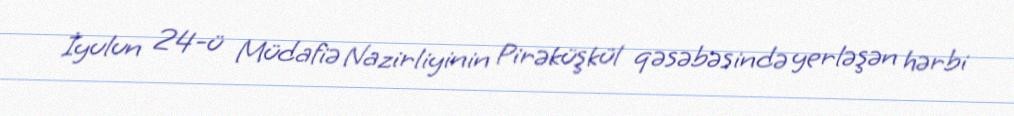
İyulun 24-ü Müdafiə Nazirliyinin Pirəküşkül qəsəbəsində yerləşən hərbi